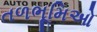
તળભૂમિઓ